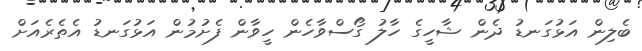
ބެލިން އަޅުގަނޑު ދެން ޝާހީގެ ހާލު ގޯސްވާހެން ހީވާން ފެށުމުން އަޅުގަނޑު އެތެރެއަށް